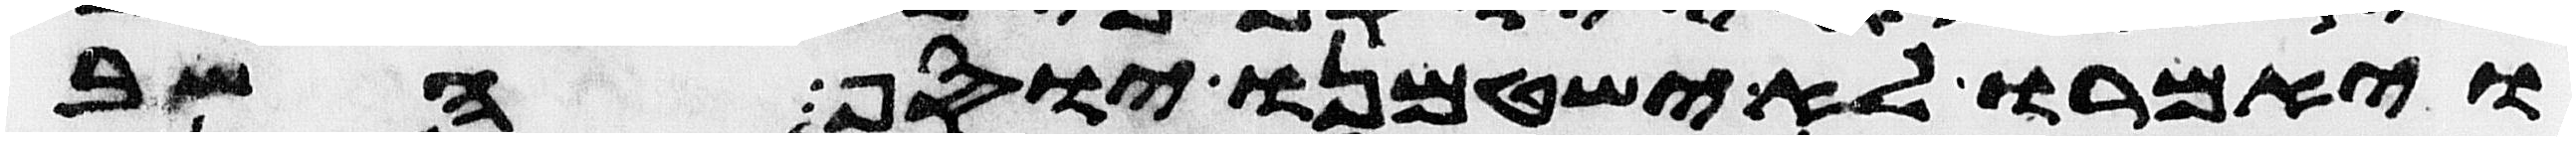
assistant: ויאמרו לא ישטמנו יוסף השב